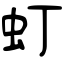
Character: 虰